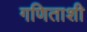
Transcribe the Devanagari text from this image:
गणिताशी